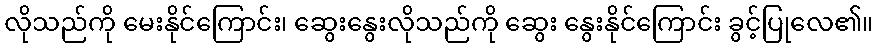
လိုသည်ကို မေးနိုင်ကြောင်း၊ ဆွေးနွေးလိုသည်ကို ဆွေး နွေးနိုင်ကြောင်း ခွင့်ပြုလေ၏။